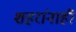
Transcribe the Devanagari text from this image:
शहरांनाही